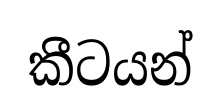
කීටයන්